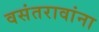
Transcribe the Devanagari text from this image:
वसंतरावांना